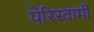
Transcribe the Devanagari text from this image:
पेरिस्वामी